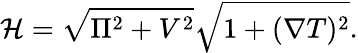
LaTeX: {\cal H}=\sqrt{\Pi^{2}+V^{2}}\sqrt{1+(\nabla T)^{2}}.